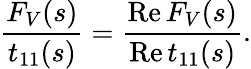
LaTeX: \frac{F_{V}(s)}{t_{11}(s)}=\frac{\mathrm{Re}\, F_{V}(s)}{\mathrm{Re}\, t_{11}(s)}.